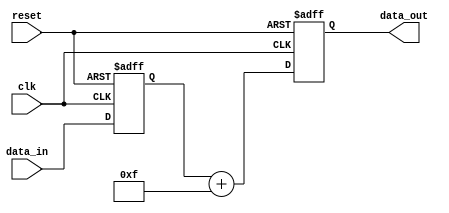
module shift_and_add_reg(
    input clk,
    input reset,
    input [7:0] data_in,
    output reg [7:0] data_out
);

reg [7:0] shift_reg;
reg [7:0] constant_value = 8'hF;

always @(posedge clk or posedge reset) begin
    if (reset) begin
        shift_reg <= 8'h00;
        data_out <= 8'h00;
    end else begin
        shift_reg <= {shift_reg[6:0], data_in};
        data_out <= shift_reg + constant_value;
    end
end

endmodule